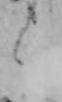
く